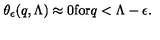
\theta _ { \epsilon } ( q , \Lambda ) \approx 0 \mathrm { f o r } q < \Lambda - \epsilon .